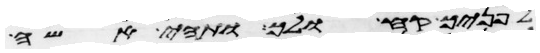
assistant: לפניך קח ולך ותהי אשה